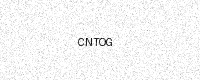
Text: CNTOG